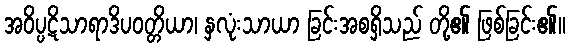
အဝိပ္ပဋိသာရာဒိပဝတ္တိယာ၊ နှလုံးသာယာ ခြင်းအစရှိသည် တို့၏ ဖြစ်ခြင်း၏။